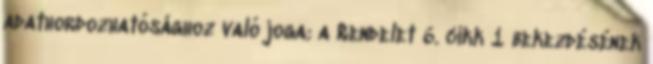
adathordozhatósághoz való joga; a Rendelet 6. cikk 1 bekezdésének